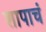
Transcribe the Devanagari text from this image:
शापाचं